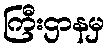
ကြီးဌာနမှ